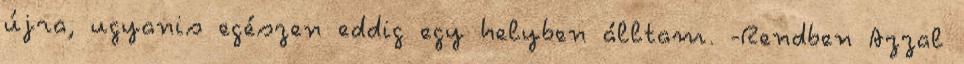
újra, ugyanis egészen eddig egy helyben álltam. -Rendben Azzal